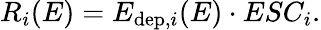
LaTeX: R_{i}(E)=E_{\mathrm{dep},i}(E)\cdot ESC_{i}.